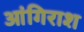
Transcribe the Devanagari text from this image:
आंगिराश